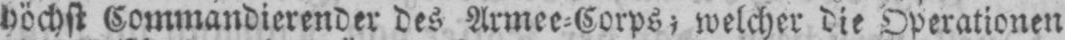
höchst Commandierender des Armee⸗Corps, welcher die Operationen